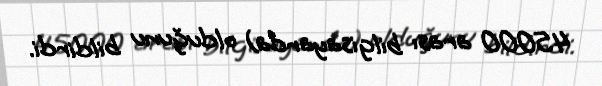
45000 arası bilgisayarda) olduğunu bildirdi.